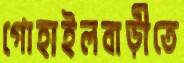
গোহাইলবাড়ীতে